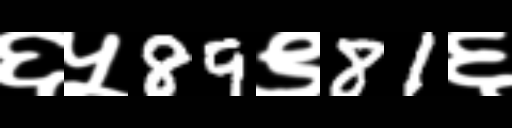
Text: ६५89९81६